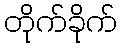
တိုက်ခိုက်